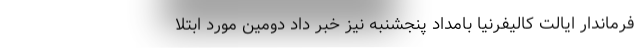
فرماندار ایالت کالیفرنیا بامداد پنجشنبه نیز خبر داد دومین مورد ابتلا